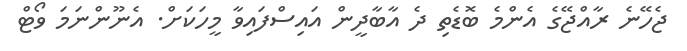
ޖެހޭނެ ރާއްޖޭގެ އެންމެ ބޮޑެތި ދެ އާބާދީން އައިސްފައިވާ މީހަކަށް. އެނޫންނަމަ ވޯޓް